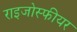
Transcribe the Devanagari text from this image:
राइजोस्फीयर